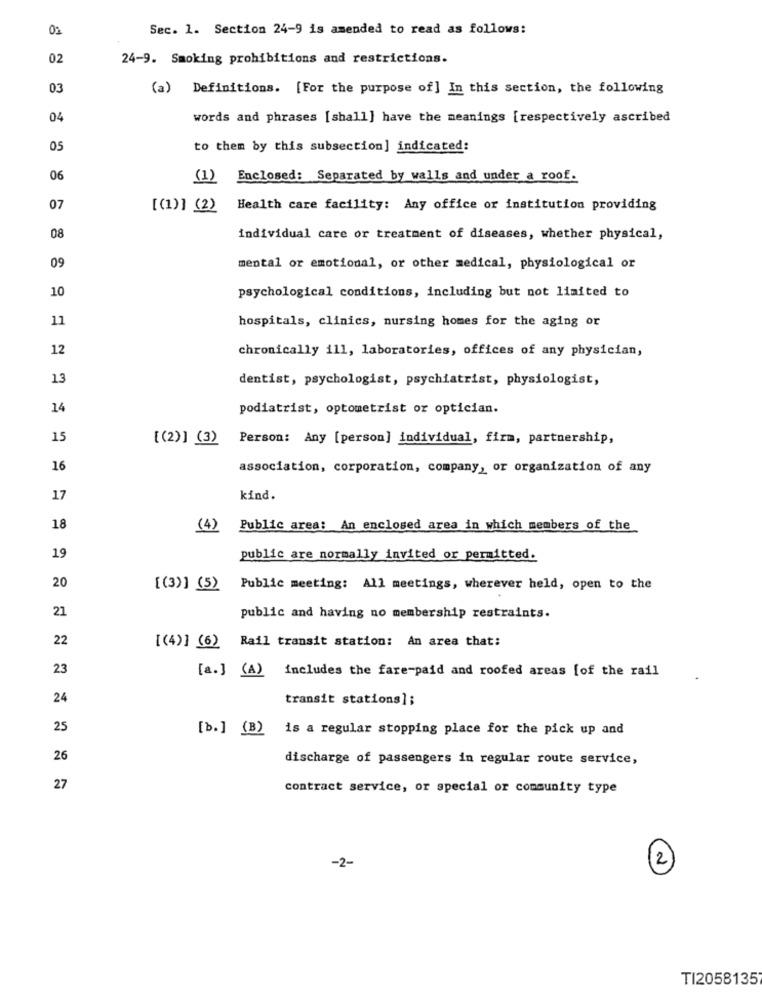
01
Sec. 1. Section 24-9 is amended to read as follows:
02
24-9. Smoking prohibitions and restrictions.
03
(a) Definitions. [For the purpose of] In this section, the following
04
words and phrases [shall] have the meanings [respectively ascribed
05
to them by this subsection] indicated:
06
(1) Enclosed: Separated by walls and under a roof.
07
[(1)] (2)
Health care facility: Any office or institution providing
08
individual care or treatment of diseases, whether physical,
09
mental or emotional, or other medical, physiological or
10
psychological conditions, including but not limited to
11
hospitals, clinics, nursing homes for the aging or
12
chronically ill, laboratories, offices of any physician,
13
dentist, psychologist, psychiatrist, physiologist,
14
podiatrist, optometrist or optician.
15
[(2)] (3)
Person: Any [person] individual, firm, partnership,
16
association, corporation, company, or organization of any
17
kind.
18
(4)
Public area: An enclosed area in which members of the
19
public are normally invited or permitted.
20
[(3)] (5)
Public meeting: All meetings, wherever held, open to the
21
public and having no membership restraints.
22
Rail transit station: An area that:
[(4)] (6)
23
[a.] (A) includes the fare-paid and roofed areas [of the rail
24
transit stations];
25
[b.] (B)
is a regular stopping place for the pick up and
26
discharge of passengers in regular route service,
27
contract service, or special or community type
-2-
2
TI2058135